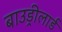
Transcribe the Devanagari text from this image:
बाउड्रीलार्ड